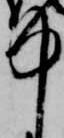
中